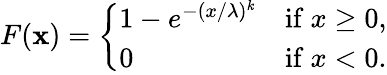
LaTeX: F(\mathbf{x})={\left\{ \begin{array}{ll}{1-e^{-(x/\lambda)^{k}}}&{{\mathrm{if~}}x\geq 0,}\\ {0}&{{\mathrm{if~}}x<0.}\end{array}\right.}